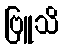
ဗြူသိ